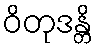
ဝိတုဒန္တိ